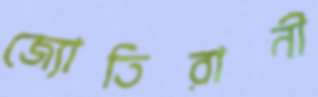
জ্যোতিরানী